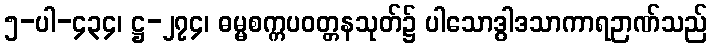
၅-ပါ-၄၃၄၊ ဋ္ဌ-၂၇၄၊ ဓမ္မစက္ကပဝတ္တနသုတ်၌ ပါသောဒွါဒသာကာရဉာဏ်သည်